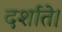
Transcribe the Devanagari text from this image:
दर्शाते।